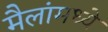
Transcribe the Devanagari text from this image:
मैलांमध्ये